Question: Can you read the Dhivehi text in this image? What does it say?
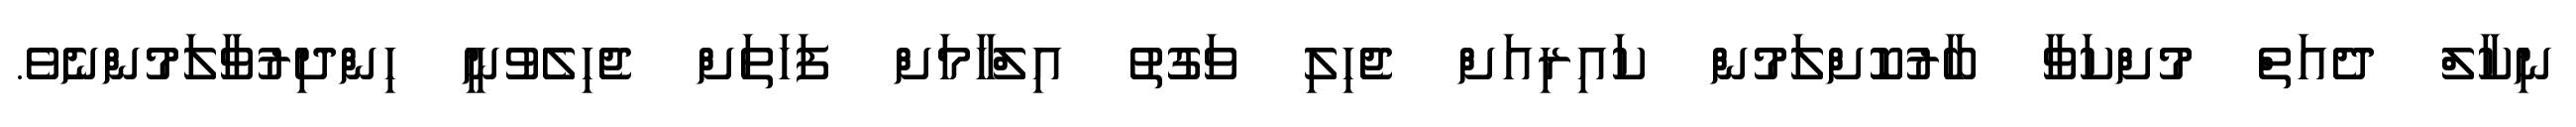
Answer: ނިކާލް ދެއަތް މުށްކަވާ ބާރުކޮށްލަމުން ކައިރިއަށް ޖެހިލި ވަގުތު އިލްހާމަށް ފަހަތަށް ޖެހިލެވުނީ ހިންދިރުވާލަމުންނެވެ.